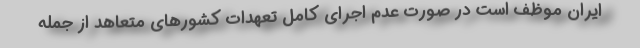
ایران موظف است در صورت عدم اجرای کامل تعهدات کشورهای متعاهد از جمله